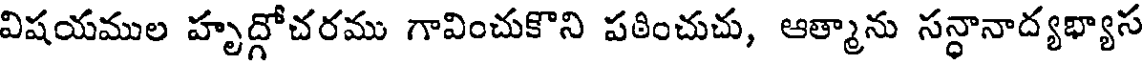
విషయముల హృద్గోచరము గావించుకొని పఠించుచు, ఆత్మాను సన్ధానాద్యభ్యాస